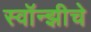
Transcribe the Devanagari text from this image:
स्वॉन्झीचे